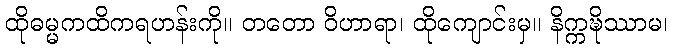
ထိုဓမ္မကထိကရဟန်းကို။ တတော ဝိဟာရာ၊ ထိုကျောင်းမှ။ နိက္ကဍ္ဎိဿာမ၊